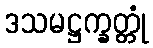
ဒသမဋ္ဌက္ခတ္တုံ